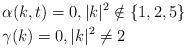
LaTeX: \begin{align*}&\alpha(k,t)=0, |k|^{2} \notin \{1,2,5\}\\&\gamma(k)=0, |k|^{2} \neq 2\end{align*}